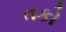
તકો